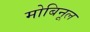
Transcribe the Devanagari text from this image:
मोबिनूल